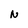
Character: N